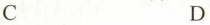
C D